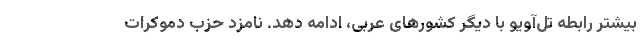
بیشتر رابطه تل‌آویو با دیگر کشورهای عربی، ادامه دهد. نامزد حزب دموکرات